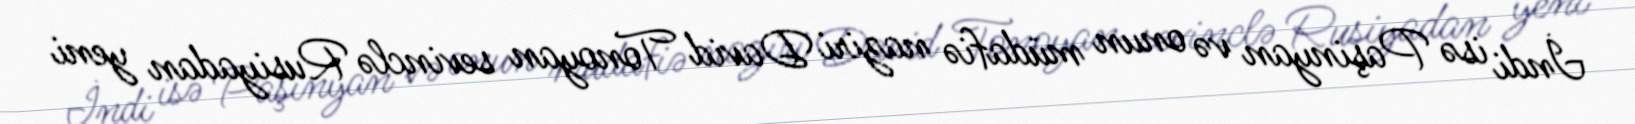
İndi isə Paşinyan və onun müdafiə naziri David Tonoyan sevinclə Rusiyadan yeni